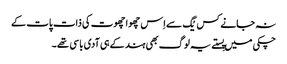
نہ جانے کس یُگ سے اِس چھوا چھوت کی ذات پات کے
چکی میں پِستے یہ لوگ بھی ہند کے ہی آدی باسی تھے ۔